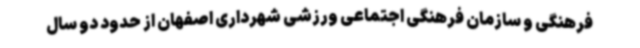
فرهنگی و سازمان فرهنگی اجتماعی ورزشی شهرداری اصفهان از حدود دو سال